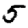
Digit: 5